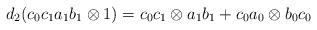
LaTeX: \begin{align*}d_2(c_0c_1a_1b_1 \otimes 1) = c_0c_1 \otimes a_1b_1 + c_0a_0 \otimes b_0c_0\end{align*}